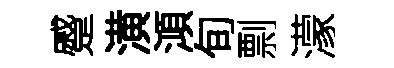
蹙潢澒旬剽濛